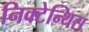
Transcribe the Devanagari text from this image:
निक्टेन्थिस